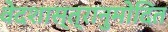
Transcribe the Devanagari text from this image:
वेदशास्त्रानुमोदित